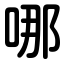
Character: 哪